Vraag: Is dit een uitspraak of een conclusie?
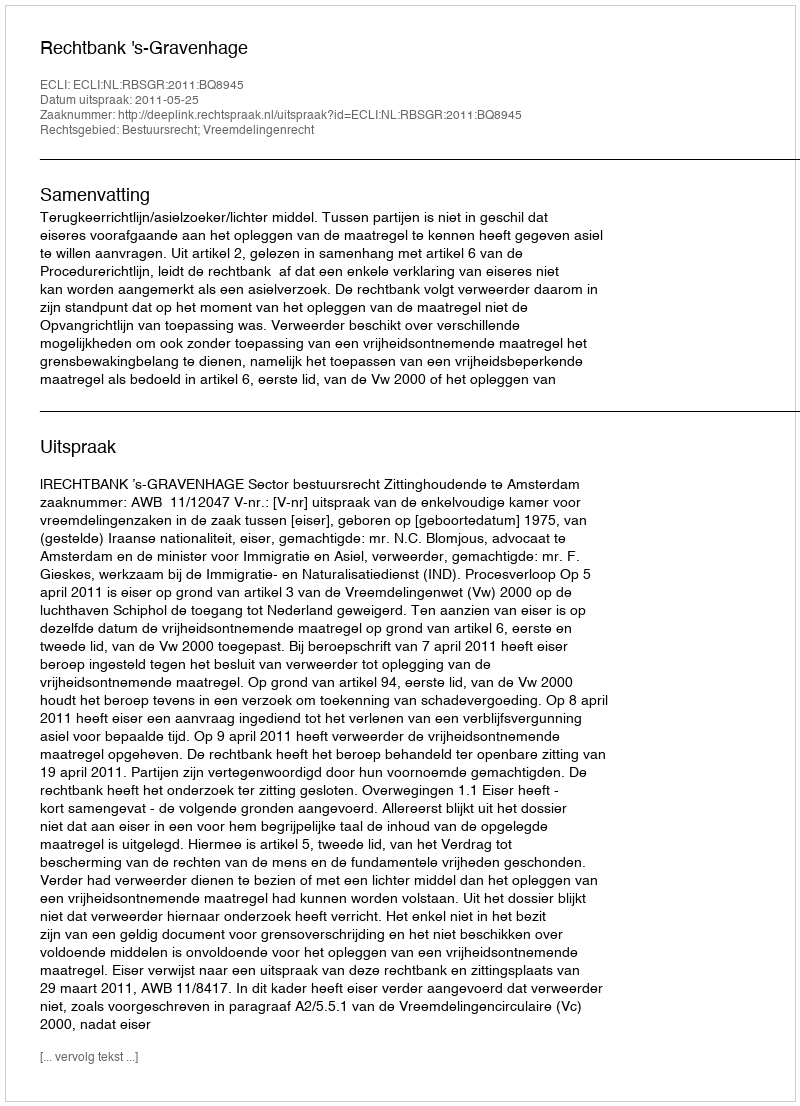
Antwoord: Uitspraak